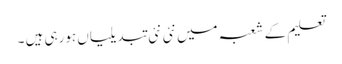
تعلیم کے شعبہ میں نئی نئی تبدیلیاں ہورہی ہیں ۔